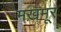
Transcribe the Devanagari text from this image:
मख़मूर